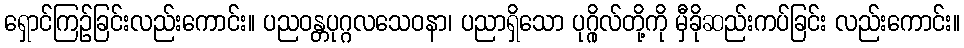
ရှောင်ကြဉ်ခြင်းလည်းကောင်း။ ပညဝန္တပုဂ္ဂလသေဝနာ၊ ပညာရှိသော ပုဂ္ဂိုလ်တို့ကို မှီခိုဆည်းကပ်ခြင်း လည်းကောင်း။